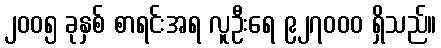
၂၀၀၅ ခုနှစ် စာရင်းအရ လူဦးရေ ၉၂၇၀၀၀ ရှိသည်။